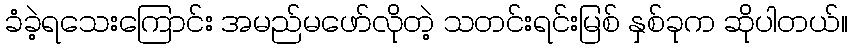
ခံခဲ့ရသေးကြောင်း အမည်မဖော်လိုတဲ့ သတင်းရင်းမြစ် နှစ်ခုက ဆိုပါတယ်။